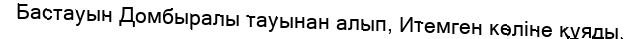
Бастауын Домбыралы тауынан алып, Итемген көліне құяды.